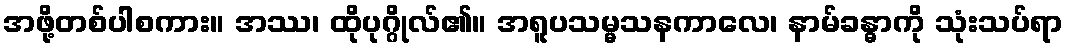
အဖို့တစ်ပါစကား။ အဿ၊ ထိုပုဂ္ဂိုလ်၏။ အရူပသမ္မသနကာလေ၊ နာမ်ခန္ဓာကို သုံးသပ်ရာ